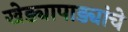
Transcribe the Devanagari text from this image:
खेड्यापाड्यांचे